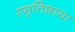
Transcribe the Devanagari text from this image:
स्मृतिछाया